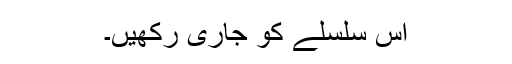
اس سلسلے کو جاری رکھیں۔